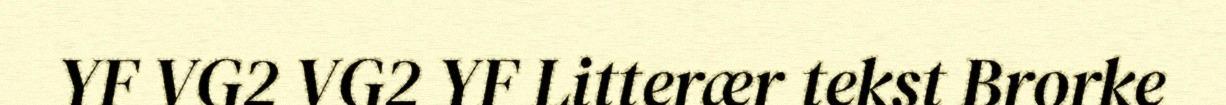
YF VG2 VG2 YF Litterær tekst Brorke